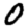
Digit: 0